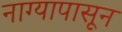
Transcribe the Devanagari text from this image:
नाग्यापासून